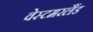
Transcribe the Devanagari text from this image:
वेस्टमरलैंड